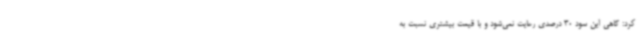
کرد: گاهی این سود 30 درصدی رعایت نمی‌شود و با قیمت بیشتری نسبت به